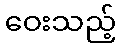
ဝေးသည့်